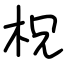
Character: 柷